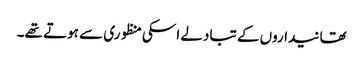
تھانیداروں کے تبادلے اسکی منظوری سے ہوتے تھے۔